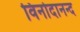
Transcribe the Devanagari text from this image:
विनोदानन्द